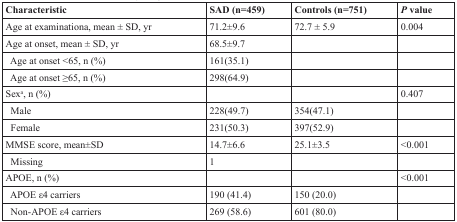
| Characteristic | SAD (n=459) | Controls (n=751) | P value |
 | --- | --- | --- | --- |
 | Age at examinationa, mean ± SD, yr | 71.2±9.6 | 72.7 ± 5.9 | 0.004 |
 | Age at onset, mean ± SD, yr | 68.5±9.7 |  |  |
 | Age at onset <65, n (%) | 161(35.1) |  |  |
 | Age at onset ≥65, n (%) | 298(64.9) |  |  |
 | Sexa, n (%) |  |  | 0.407 |
 | Male | 228(49.7) | 354(47.1) |  |
 | Female | 231(50.3) | 397(52.9) |  |
 | MMSE score, mean±SD | 14.7±6.6 | 25.1±3.5 | <0.001 |
 | Missing | 1 |  |  |
 | APOE, n (%) |  |  | <0.001 |
 | APOE ε4 carriers | 190 (41.4) | 150 (20.0) |  |
 | Non-APOE ε4 carriers | 269 (58.6) | 601 (80.0) |  |